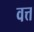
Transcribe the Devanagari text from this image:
वत्त